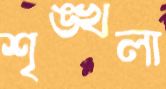
শৃঙ্খলা